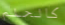
كالحلم